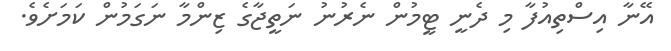
އޭނާ އިސްތިއުފާ މި ދެނީ ޓީމުން ނެރުނު ނަތީޖާގެ ޒިންމާ ނަގަމުން ކަމަށެވެ.